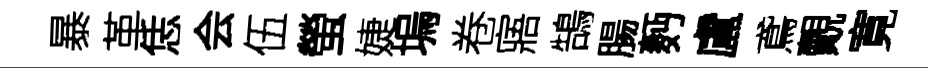
暴革恁会伍螢婕塢卷寤鵠腸麪盧鳶覿寛